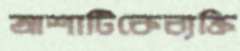
আশাটিকেব্যক্তি